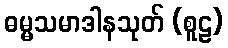
ဓမ္မသမာဒါနသုတ် (စူဠ)